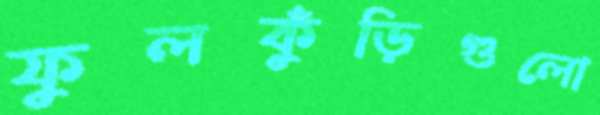
ফুলকুঁড়িগুলো